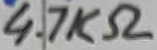
Text: FR107